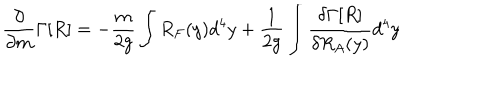
\frac { \partial } { { \partial } m } \Gamma [ R ] = - \frac { m } { 2 g } \int R _ { F } ( y ) d ^ { 4 } y + \frac { 1 } { 2 g } \int \frac { \delta \Gamma [ R ] } { \delta R _ { A } ( y ) } d ^ { 4 } y